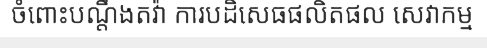
ចំពោះបណ្តឹងតវ៉ា ការបដិសេធផលិតផល សេវាកម្ម